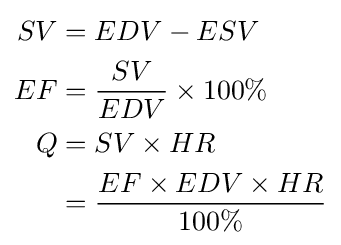
{\begin{aligned}SV&=EDV-ESV\\EF&={\frac {SV}{EDV}}\times 100\%\\Q&=SV\times HR\\&={\frac {EF\times EDV\times HR}{100\%}}\end{aligned}}